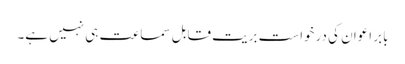
بابر اعوان کی درخواست بریت قابل سماعت ہی نہیں ہے۔